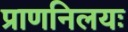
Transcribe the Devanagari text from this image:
प्राणनिलयः